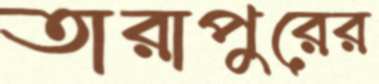
তারাপুরের